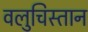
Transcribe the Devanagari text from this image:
वलुचिस्तान